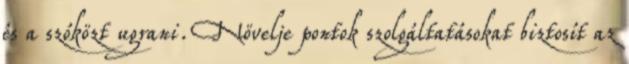
és a szóközt ugrani. Növelje pontok szolgáltatásokat biztosít az